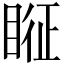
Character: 𱳂